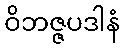
ဝိဘဇ္ဇပဒါနံ